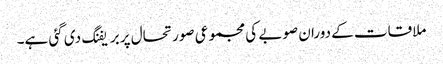
ملاقات کے دوران صوبے کی مجموعی صورتحال پر بریفنگ دی گئی ہے۔